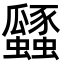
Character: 瓥